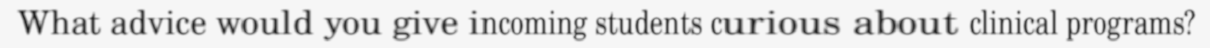
What advice would you give incoming students curious about clinical programs?